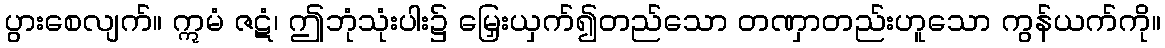
ပွားစေလျက်။ ဣမံ ဇဋံ၊ ဤဘုံသုံးပါး၌ မြှေးယှက်၍တည်သော တဏှာတည်းဟူသော ကွန်ယက်ကို။